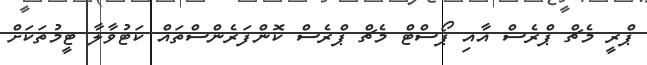
ޕްރީ މެޗް ޕްރެސް އާއި ޕޯސްޓް މެޗް ޕްރެސް ކޮންފަރެންސްތައް ކަޓުވާލާ ޓީމުތަކަށް